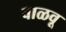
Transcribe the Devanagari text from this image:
वाळवू